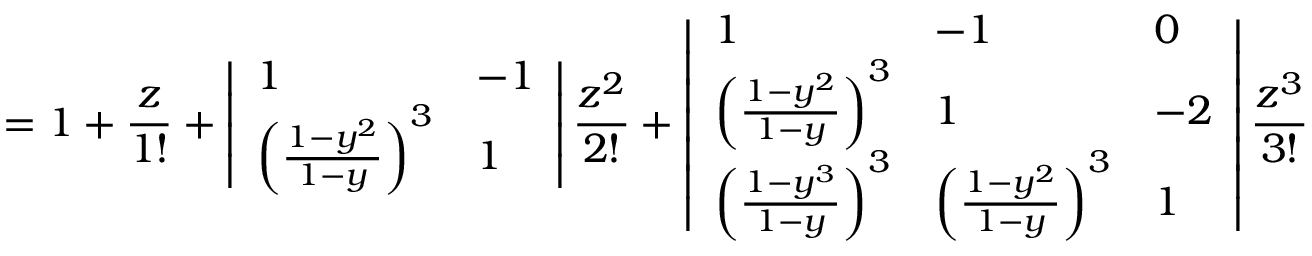
= 1 + \frac { z } { 1 ! } + \left| \begin{array} { l l } { 1 } & { - 1 } \\ { \left( \frac { 1 - y ^ { 2 } } { 1 - y } \right) ^ { 3 } } & { 1 } \end{array} \right| \frac { z ^ { 2 } } { 2 ! } + \left| \begin{array} { l l l } { 1 } & { - 1 } & { 0 } \\ { \left( \frac { 1 - y ^ { 2 } } { 1 - y } \right) ^ { 3 } } & { 1 } & { - 2 } \\ { \left( \frac { 1 - y ^ { 3 } } { 1 - y } \right) ^ { 3 } } & { \left( \frac { 1 - y ^ { 2 } } { 1 - y } \right) ^ { 3 } } & { 1 } \end{array} \right| \frac { z ^ { 3 } } { 3 ! }